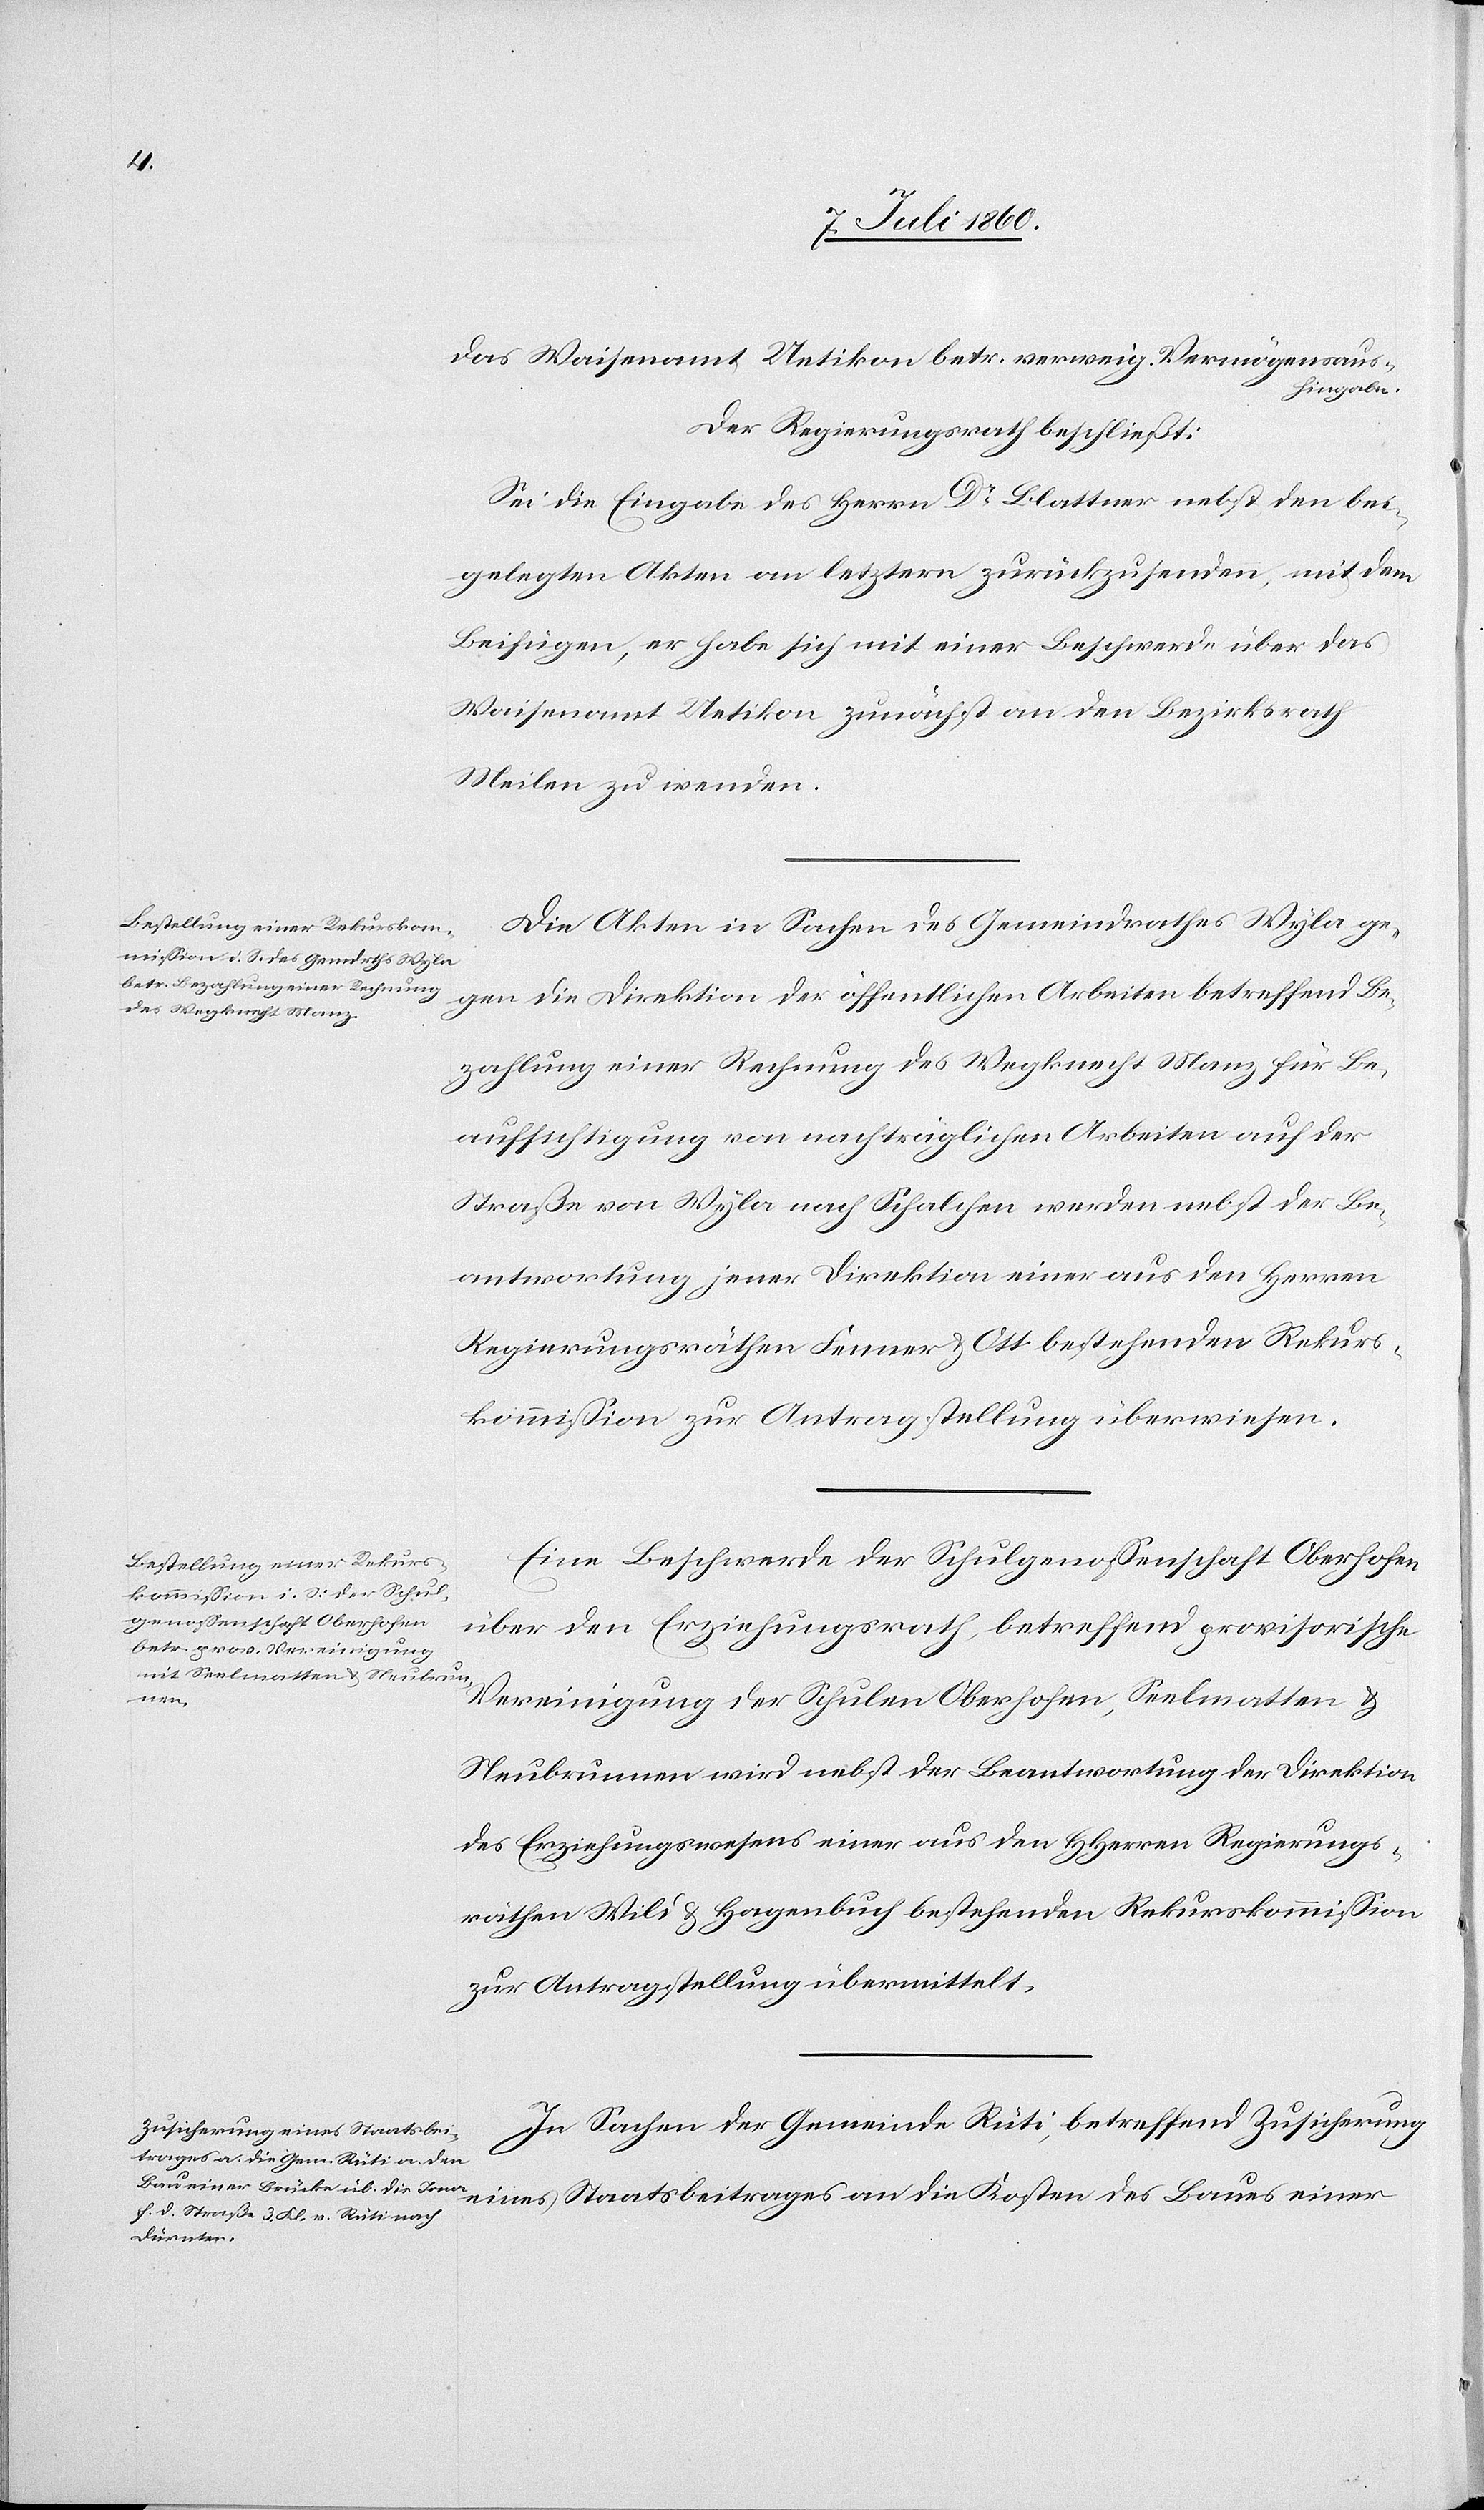
das Waisenamt Uetikon betr. verweig. Vermögensaus¬
hingabe.
Der Regierungsrath beschließt:
Sei die Eingabe des Herrn Dr Blattner nebst den bei¬
gelegten Akten an letztern zurückzusenden, mit dem
Beifügen, er habe sich mit einer Beschwerde über das
Waisenamt Uetikon zunächst an den Bezirksrath
Meilen zu wenden.
Die Akten in Sachen des Gemeindrathes Wyla ge¬
gen die Direktion der öffentlichen Arbeiten betreffend Be¬
zahlung einer Rechnung des Wegknecht Manz für Be¬
aufsichtigung von nachträglichen Arbeiten auf der
Straße von Wyla gegen Schalchen werden nebst der Be¬
antwortung jener Direktion einer aus den Herren
Regierungsräthen Fenner & Ott bestehenden Rekurs¬
kommission zur Antragstellung überwiesen.
Eine Beschwerde der Schulgenossenschaft Oberhofen
über den Erziehungsrath, betreffend provisorische
einer
Vereinigung der Schulen Oberhofen, Seelmatten &
Neubrunnen wird nebst der Beantwortung der Direktion
des Erziehungswesens einer aus den HHerren Regierungs¬
räthen Wild & Hagenbuch bestehenden Rekurskommission
zur Antragstellung übermittelt.
In Sachen der Gemeinde Rüti, betreffend Zusicherung